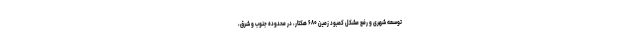
توسعه شهری و رفع مشکل کمبود زمین ۶۸۰ هکتار، در محدوده جنوب و شرق،